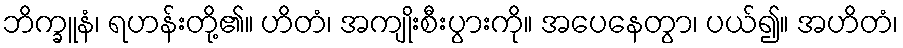
ဘိက္ခူနံ၊ ရဟန်းတို့၏။ ဟိတံ၊ အကျိုးစီးပွားကို။ အပေနေတွာ၊ ပယ်၍။ အဟိတံ၊